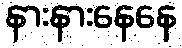
နားနားနေနေ